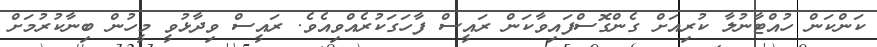
ކަންކަން ހުއްޓާނުލާ ކުރިއަށް ގެންގޮސްފައިވާކަން ރައީސް ފާހަގަކުރެއްވިއެވެ. ރައީސް ވިދާޅުވީ މީހުން ބިނާކުރުމަށް